Source: Handwritten
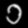
Digit: ၁ (1)